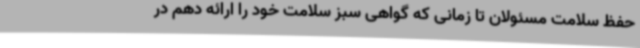
حفظ سلامت مسئولان تا زمانی که گواهی سبز سلامت خود را ارائه دهم در